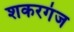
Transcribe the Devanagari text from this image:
शकरगंज